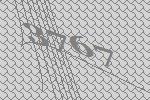
3767